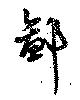
鄙